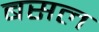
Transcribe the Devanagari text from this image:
बसल